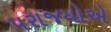
પરાજયોએ